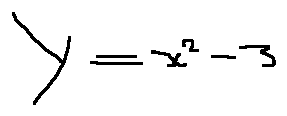
y = x ^ { 2 } - 3